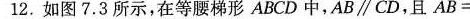
12.如图7.3所示，在等腰梯形ABCD中，AB \parallel CD ，且$$A B =